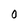
Character: 0